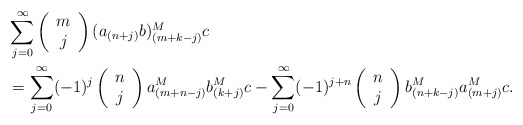
\begin{align*}&\sum_{j=0}^\infty \left(\begin{array}{c} m \\ j \end{array}\right)(a_{(n+j)}b)^M_{(m+k-j)} c\\&=\sum_{j=0}^\infty (-1)^j\left(\begin{array}{c} n \\ j \end{array}\right)a_{(m+n-j)}^M b_{(k+j)}^M c-\sum_{j=0}^\infty (-1)^{j+n}\left(\begin{array}{c} n \\ j \end{array}\right)b_{(n+k-j)}^M a_{(m+j)}^M c.\end{align*}